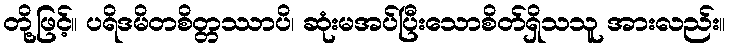
တို့ဖြင့်။ ပရိဒမိတစိတ္တဿာပိ၊ ဆုံးမအပ်ပြီးသောစိတ်ရှိသသူ အားလည်း။